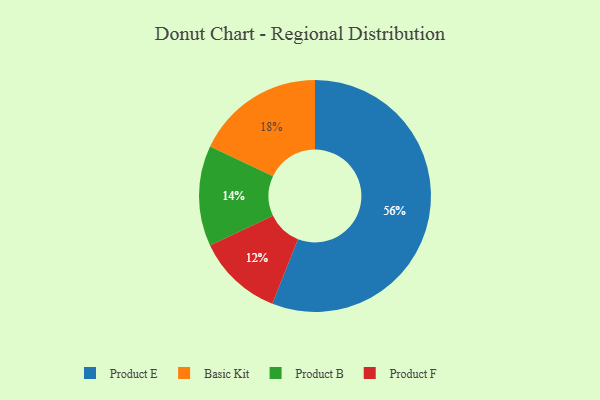
{"axis": {"x": "Category", "y": "Percentage"}, "legend": ["Basic Kit", "Product B", "Product E", "Product F"], "data": [{"x": "Product F", "y": 12, "type": "Product F"}, {"x": "Basic Kit", "y": 18, "type": "Basic Kit"}, {"x": "Product E", "y": 56, "type": "Product E"}, {"x": "Product B", "y": 14, "type": "Product B"}]}